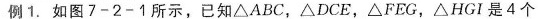
例1. 如图7-2-1所示，已知△ABC，△DCE，△FEG，△HGI是4个